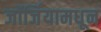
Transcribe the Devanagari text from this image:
जॉर्जियामधून